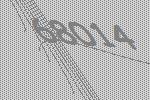
68014